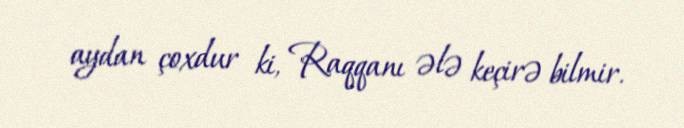
aydan çoxdur ki, Raqqanı ələ keçirə bilmir.